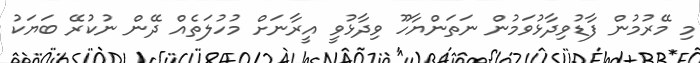
މި މޭރުމުން ފާޑުވިދާޅުވަމުން ނަތަންޔާހޫ ވިދާޅުވީ އީރާނަށް މުހުލަތެއް ދޭން ނުކުރޭ ބަޔަކު